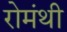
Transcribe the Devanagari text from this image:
रोमंथी